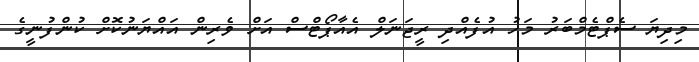
މިދިޔަ ސެޕްޓެމްބަރު މަހު އުފެއްދި ރީޖަނަލް އެއާޕޯޓްސް އަށް ވެރިން އައްޔަނުކޮށް ކުންފުނީގެ